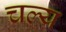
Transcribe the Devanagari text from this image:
चल्य